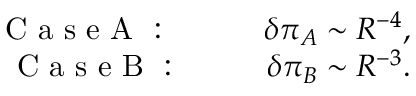
\begin{array} { r l r } { \mathrm { ~ C ~ a ~ s ~ e ~ A ~ } \mathrm { ~ : ~ \ \ \ } } & { { } } & { \delta \pi _ { A } \sim R ^ { - 4 } , } \\ { \mathrm { ~ C ~ a ~ s ~ e ~ B ~ } \mathrm { ~ : ~ \ \ } } & { { } } & { \delta \pi _ { B } \sim R ^ { - 3 } . } \end{array}